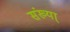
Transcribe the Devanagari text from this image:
संख्या्